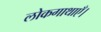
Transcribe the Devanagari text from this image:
लोकगाथाएँ।